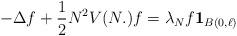
LaTeX: \begin{align*} -\Delta f +\frac{1}{2}N^2 V(N.) f= \lambda_N f \mathbf{1}_{B(0,\ell)}\end{align*}